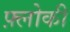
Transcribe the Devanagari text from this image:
फ़्लोकी